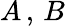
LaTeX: A\, ,\, B